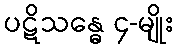
ပဋိသန္ဓေ ၄-မျိုး